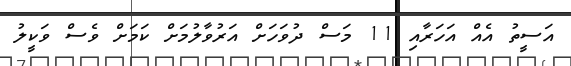
އަސީތު އެއް އަހަރާއި 11 މަސް ދުވަހަށް އަރުވާލުމަށް ކަމަށް ވެސް ވަކީލު